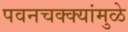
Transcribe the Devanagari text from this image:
पवनचक्क्यांमुळे